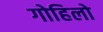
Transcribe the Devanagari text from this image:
गोहिलो